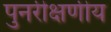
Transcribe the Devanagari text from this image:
पुनरीक्षणीय